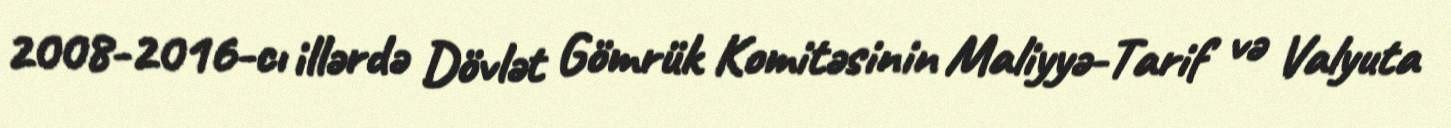
2008-2016-cı illərdə Dövlət Gömrük Komitəsinin Maliyyə-Tarif və Valyuta